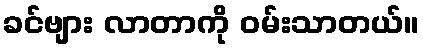
ခင်ဗျား လာတာကို ဝမ်းသာတယ်။